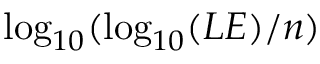
\log _ { { 1 0 } } ( \log _ { { 1 0 } } ( L E ) / n )